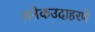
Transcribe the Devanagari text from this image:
अनेकउदाहरणे